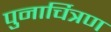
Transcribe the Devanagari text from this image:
पुनार्चित्रण